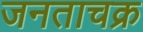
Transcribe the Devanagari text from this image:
जनताचक्र